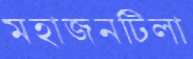
মহাজনটিলা